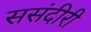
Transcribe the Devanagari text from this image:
ससंदीरी